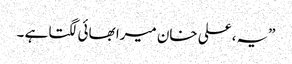
”یہ، علی خان میرا بھائی لگتا ہے ۔